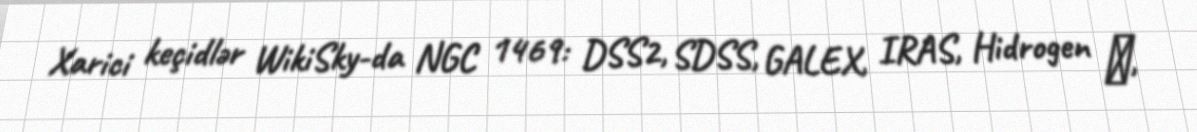
Xarici keçidlər WikiSky-da NGC 1469: DSS2, SDSS, GALEX, IRAS, Hidrogen α,